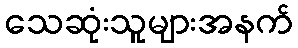
သေဆုံးသူများအနက်